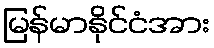
မြန်မာနိုင်ငံအား